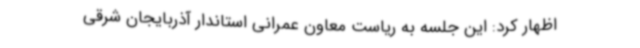
اظهار کرد: این جلسه به ریاست معاون عمرانی استاندار آذربایجان شرقی